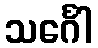
သင်္ဂေါ